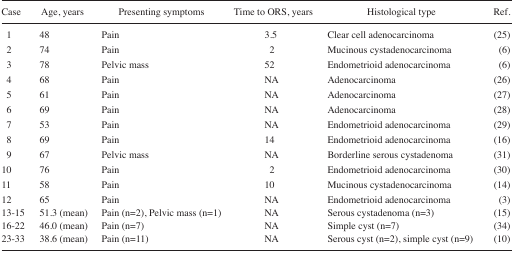
<table><thead><tr><td><b>Case</b></td><td><b>Age, years</b></td><td><b>Presenting symptoms</b></td><td><b>Time to ORS, years</b></td><td><b>Histological type</b></td><td><b>Ref.</b></td></tr></thead><tbody><tr><td>1</td><td>48</td><td>Pain</td><td>3.5</td><td>Clear cell adenocarcinoma</td><td>(25)</td></tr><tr><td>2</td><td>74</td><td>Pain</td><td>2</td><td>Mucinous cystadenocarcinoma</td><td>(6)</td></tr><tr><td>3</td><td>78</td><td>Pelvic mass</td><td>52</td><td>Endometrioid adenocarcinoma</td><td>(6)</td></tr><tr><td>4</td><td>68</td><td>Pain</td><td>NA</td><td>Adenocarcinoma</td><td>(26)</td></tr><tr><td>5</td><td>61</td><td>Pain</td><td>NA</td><td>Adenocarcinoma</td><td>(27)</td></tr><tr><td>6</td><td>69</td><td>Pain</td><td>NA</td><td>Adenocarcinoma</td><td>(28)</td></tr><tr><td>7</td><td>53</td><td>Pain</td><td>NA</td><td>Endometrioid adenocarcinoma</td><td>(29)</td></tr><tr><td>8</td><td>69</td><td>Pain</td><td>14</td><td>Endometrioid adenocarcinoma</td><td>(16)</td></tr><tr><td>9</td><td>67</td><td>Pelvic mass</td><td>NA</td><td>Borderline serous cystadenoma</td><td>(31)</td></tr><tr><td>10</td><td>76</td><td>Pain</td><td>2</td><td>Endometrioid adenocarcinoma</td><td>(30)</td></tr><tr><td>11</td><td>58</td><td>Pain</td><td>10</td><td>Mucinous cystadenocarcinoma</td><td>(14)</td></tr><tr><td>12</td><td>65</td><td>Pain</td><td>NA</td><td>Endometrioid adenocarcinoma</td><td>(3)</td></tr><tr><td>13–15</td><td>51.3 (mean)</td><td>Pain (n=2), Pelvic mass (n=1)</td><td>NA</td><td>Serous cystadenoma (n=3)</td><td>(15)</td></tr><tr><td>16–22</td><td>46.0 (mean)</td><td>Pain (n=7)</td><td>NA</td><td>Simple cyst (n=7)</td><td>(34)</td></tr><tr><td>23–33</td><td>38.6 (mean)</td><td>Pain (n=11)</td><td>NA</td><td>Serous cyst (n=2), simple cyst (n=9)</td><td>(10)</td></tr></tbody></table>